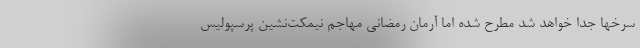
سرخها جدا خواهد شد مطرح شده اما آرمان رمضانی مهاجم نیمکت‌نشین پرسپولیس